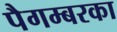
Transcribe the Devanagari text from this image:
पैगम्बरका